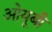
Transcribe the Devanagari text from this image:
ओयूबी